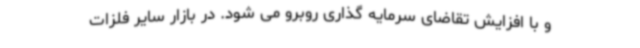
و با افزایش تقاضای سرمایه گذاری روبرو می شود. در بازار سایر فلزات